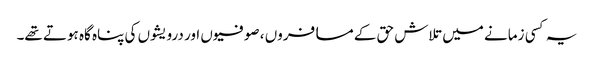
یہ کسی زمانے میں تلاش حق کے مسافروں ، صوفیوں اور درویشوں کی پناہ گاہ ہوتے تھے۔